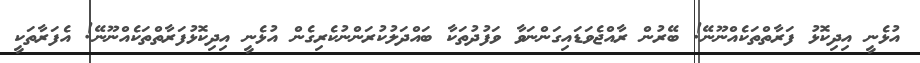
އުޅެނީ އިދިކޮޅު ފަރާތްތަކެއްނޫނޭ! ބޭރުން ރާއްޖެވަޑައިގަންނަވާ ވަފުދުތަކާ ބައްދަލުކުރަންނުކެރިގެން އުޅެނީ އިދިކޮޅުފަރާތްތަކެއްނޫނޭ! އެފަރާތަކީ